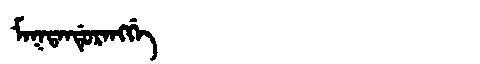
Manchu: ᠮᠠᡴᡨᠠᠨᡩᡠᡵᠠᠩᡤᡝ
Romanization: MAKTANDURANGGE